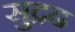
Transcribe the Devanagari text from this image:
सुद्रढ